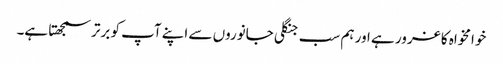
خوامخواہ کا غرور ہے اور ہم سب جنگلی جانوروں سے اپنے آپ کو برتر سمجھتا ہے۔